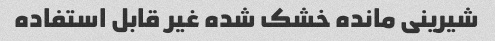
شیرینی مانده خشک شده غیر قابل استفاده